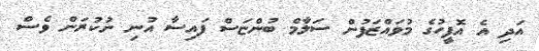
އަދި އެ އޮފީހުގެ މުވައްޒަފުން ސަލާމް ބުންޏަސް ފައިސާ އުނި ނުކުރަން ވެސް